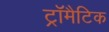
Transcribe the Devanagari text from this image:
ट्रॉमैटिक